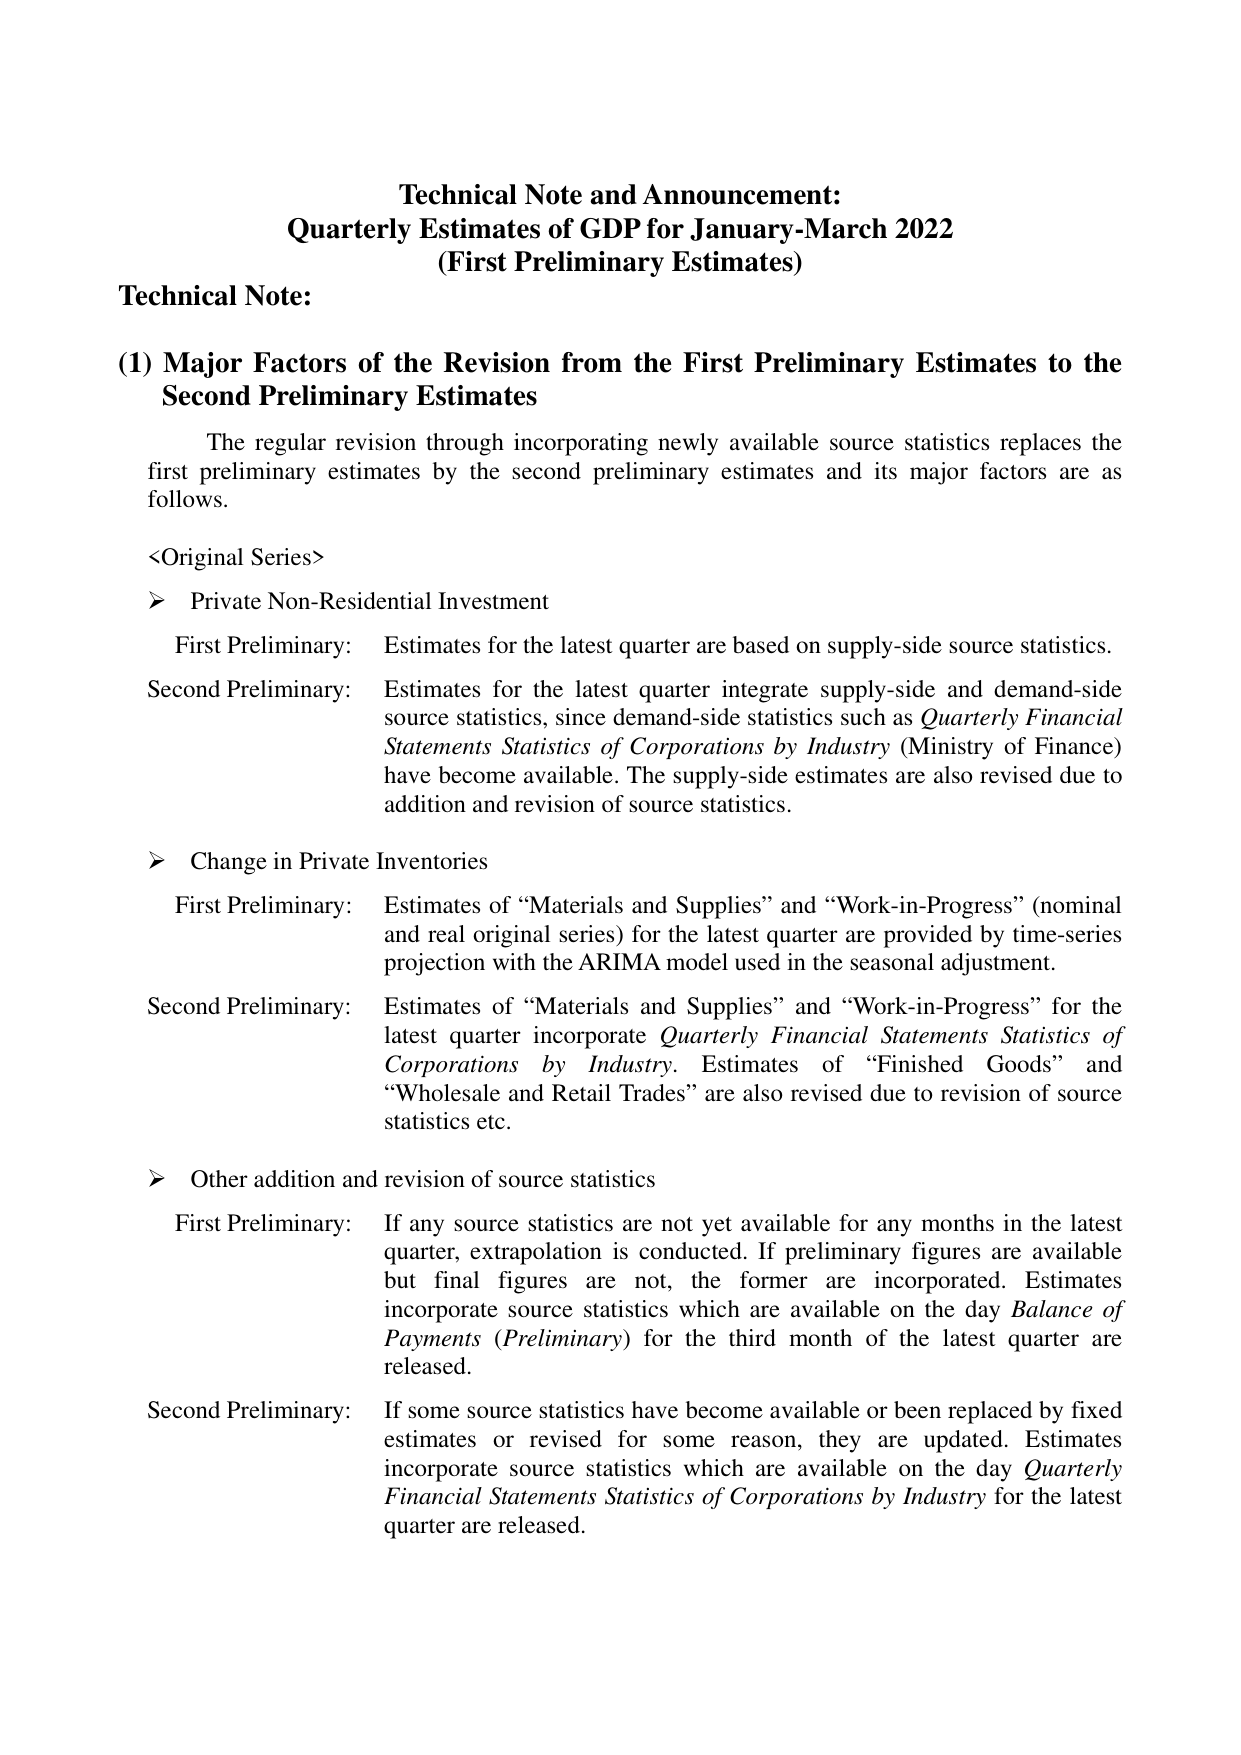
Technical Note and Announcement:
Quarterly Estimates of GDP for January-March 2022
(First Preliminary Estimates)

Technical Note:

(1) Major Factors of the Revision from the First Preliminary Estimates to the Second Preliminary Estimates

The regular revision through incorporating newly available source statistics replaces the first preliminary estimates by the second preliminary estimates and its major factors are as follows.

<Original Series>

➤ Private Non-Residential Investment
First Preliminary: Estimates for the latest quarter are based on supply-side source statistics.
Second Preliminary: Estimates for the latest quarter integrate supply-side and demand-side source statistics, since demand-side statistics such as Quarterly Financial Statements Statistics of Corporations by Industry (Ministry of Finance) have become available. The supply-side estimates are also revised due to addition and revision of source statistics.

➤ Change in Private Inventories
First Preliminary: Estimates of “Materials and Supplies” and “Work-in-Progress” (nominal and real original series) for the latest quarter are provided by time-series projection with the ARIMA model used in the seasonal adjustment.
Second Preliminary: Estimates of “Materials and Supplies” and “Work-in-Progress” for the latest quarter incorporate Quarterly Financial Statements Statistics of Corporations by Industry. Estimates of “Finished Goods” and “Wholesale and Retail Trades” are also revised due to revision of source statistics etc.

➤ Other addition and revision of source statistics
First Preliminary: If any source statistics are not yet available for any months in the latest quarter, extrapolation is conducted. If preliminary figures are available but final figures are not, the former are incorporated. Estimates incorporate source statistics which are available on the day Balance of Payments (Preliminary) for the third month of the latest quarter are released.
Second Preliminary: If some source statistics have become available or been replaced by fixed estimates or revised for some reason, they are updated. Estimates incorporate source statistics which are available on the day Quarterly Financial Statements Statistics of Corporations by Industry for the latest quarter are released.